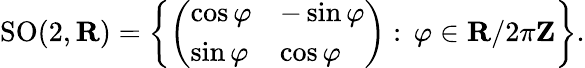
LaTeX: \operatorname{SO}(2,\mathbf{R})=\left\{ {\left(\begin{array}{ll}{\cos\varphi}&{-\sin\varphi}\\ {\sin\varphi}&{\cos\varphi}\end{array}\right)}:\, \varphi\in\mathbf{R}/2\pi\mathbf{Z}\right\} .